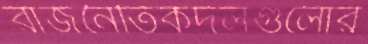
রাজনৈতিকদলগুলোর